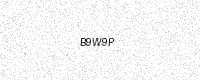
Text: B9W9P